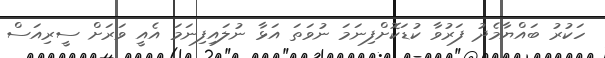
ހަކުރު ބައްޔާމެދު ފަރުވާ ކުޑަކޮށްފިނަމަ ނުވަތަ އަޅާ ނުލައިފިނަމަ އެއީ ވަރަށް ސީރިއަސް